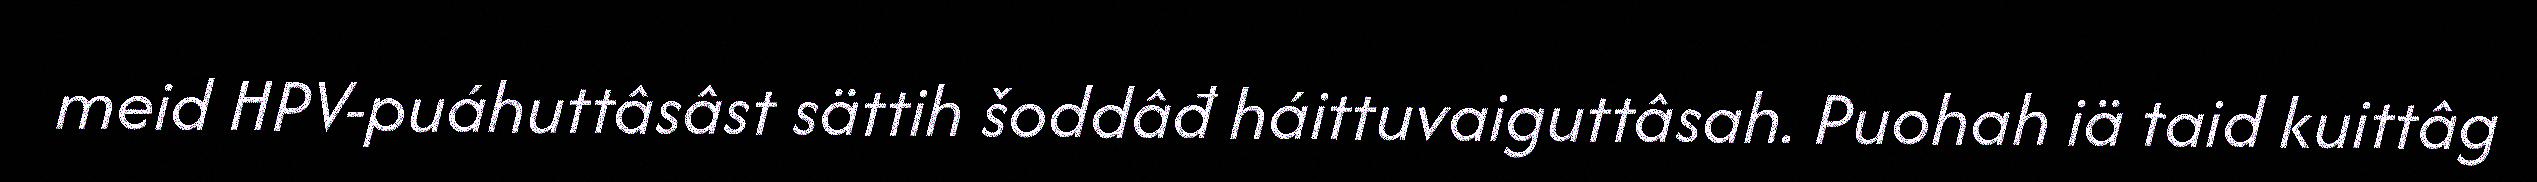
meid HPV-puáhuttâsâst sättih šoddâđ háittuvaiguttâsah. Puohah iä taid kuittâg